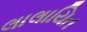
લાલાયિત